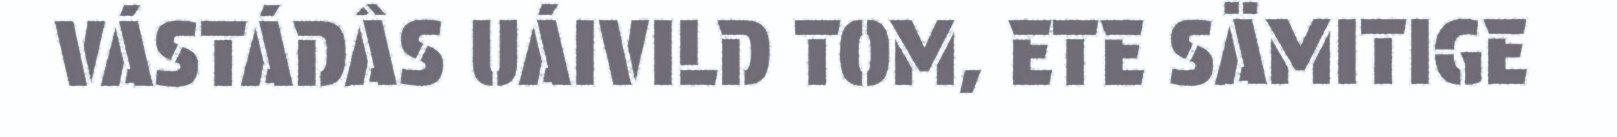
VÁSTÁDÂS UÁIVILD TOM, ETE SÄMITIGE